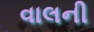
વાલની